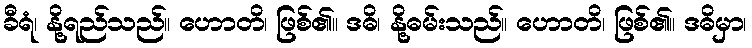
ခီရံ၊ နို့ရည်သည်။ ဟောတိ၊ ဖြစ်၏။ ဒဓိ၊ နို့ဓမ်းသည်။ ဟောတိ၊ ဖြစ်၏။ ဒဓိမှာ၊